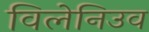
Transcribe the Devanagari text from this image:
विलेनिउव